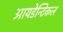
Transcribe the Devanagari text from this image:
आयडेन्टिकल